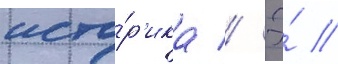
исто́р'ика // Э́ //